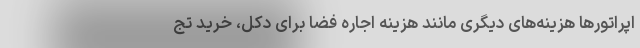
اپراتورها هزینه‌های دیگری مانند هزینه اجاره فضا برای دکل، خرید تج